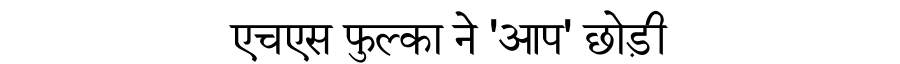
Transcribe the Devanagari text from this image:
एचएस फुल्का ने 'आप' छोड़ी